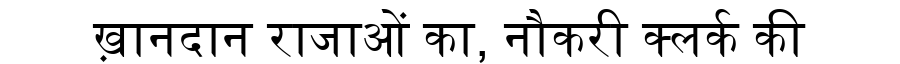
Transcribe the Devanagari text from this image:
ख़ानदान राजाओं का, नौकरी क्लर्क की